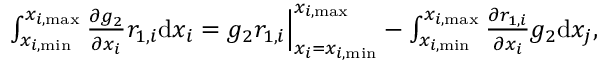
\begin{array} { r } { \int _ { x _ { i , \mathrm { m i n } } } ^ { x _ { i , \mathrm { m a x } } } { \frac { \partial g _ { 2 } } { \partial x _ { i } } r _ { 1 , i } } \mathrm { d } x _ { i } = g _ { 2 } r _ { 1 , i } \Big | _ { x _ { i } = x _ { i , \mathrm { m i n } } } ^ { x _ { i , \mathrm { m a x } } } - \int _ { x _ { i , \mathrm { m i n } } } ^ { x _ { i , \mathrm { m a x } } } { \frac { \partial r _ { 1 , i } } { \partial x _ { i } } g _ { 2 } } \mathrm { d } x _ { j } , } \end{array}